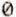
0